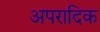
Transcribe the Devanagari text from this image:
अपरादिक